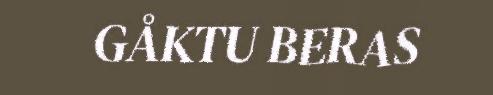
GÅKTU BERAS